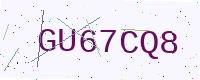
Text: GU67CQ8